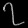
Digit: ၇